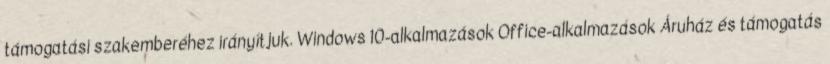
támogatási szakemberéhez irányítjuk. Windows 10-alkalmazások Office-alkalmazások Áruház és támogatás